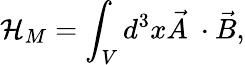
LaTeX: {\cal H}_{M}=\int_{V}d^{3}x\vec{A}~\cdot\vec{B},